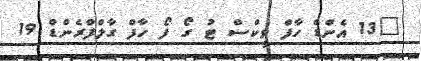
"13 އެންޑް ހާފް ވީކްސް ޓު ގޯ ފޯ ހާފް ގާލްފްރެންޑް 19